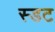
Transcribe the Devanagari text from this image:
स्डट